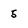
Character: 5